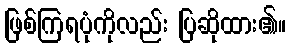
ဖြစ်ကြရပုံကိုလည်း ပြဆိုထား၏။